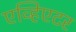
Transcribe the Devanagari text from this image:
एव्हिएटर